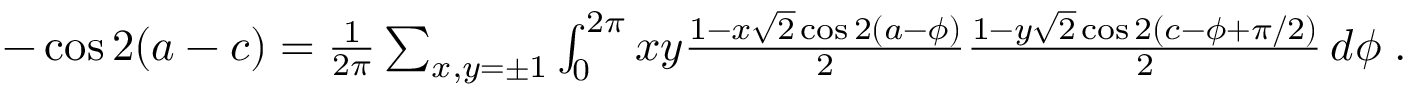
\begin{array} { r } { - \cos 2 ( a - c ) = \frac { 1 } { 2 \pi } \sum _ { x , y = \pm 1 } \int _ { 0 } ^ { 2 \pi } x y \frac { 1 - x \sqrt { 2 } \cos 2 ( a - \phi ) } { 2 } \frac { 1 - y \sqrt { 2 } \cos 2 ( c - \phi + \pi / 2 ) } { 2 } \, d \phi \; . } \end{array}